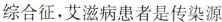
综合征，艾滋病患者是传染源